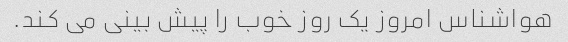
هواشناس امروز یک روز خوب را پیش بینی می کند.